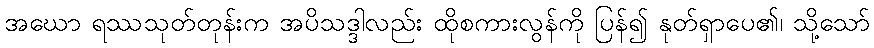
အဃော ရဿသုတ်တုန်းက အပိသဒ္ဒါလည်း ထိုစကားလွန်ကို ပြန်၍ နုတ်ရှာပေ၏၊ သို့သော်